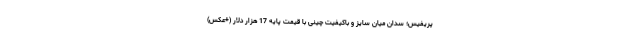
پریفیس؛ سدان میان سایز و باکیفیت چینی با قیمت پایه 17 هزار دلار (+عکس)